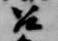
召